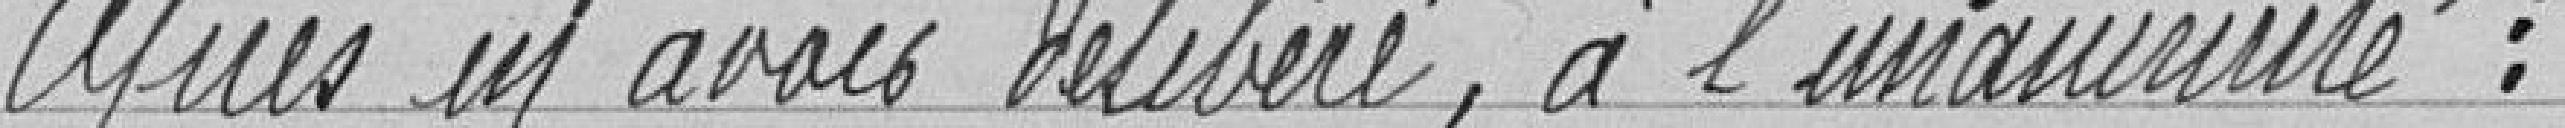
Après en avoir délibéré, à l'unanimité: